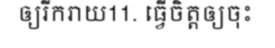
ឲ្យរីករាយ11. ធ្វើចិត្តឲ្យចុះ